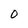
Character: O